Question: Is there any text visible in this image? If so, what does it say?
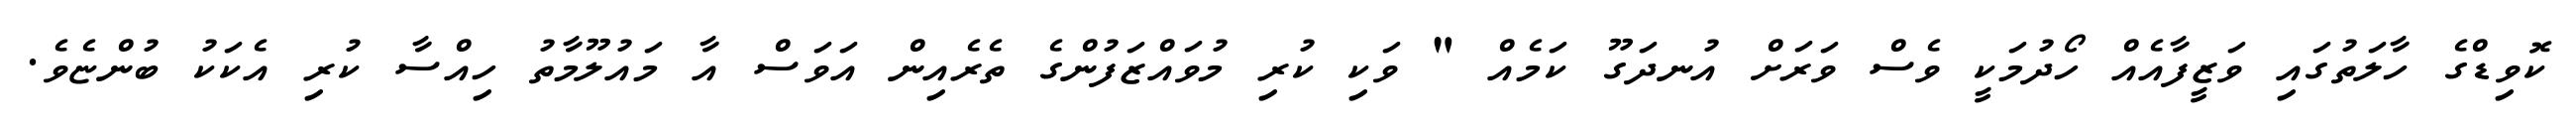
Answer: ކޮވިޑްގެ ހާލަތުގައި ވަޒީފާއެއް ހޯދުމަކީ ވެސް ވަރަށް އުނދަގޫ ކަމެއް " ވަކި ކުރި މުވައްޒަފުންގެ ތެރެއިން އަވަސް އާ މައުލޫމާތު ހިއްސާ ކުރި އެކަކު ބުންޏެވެ.